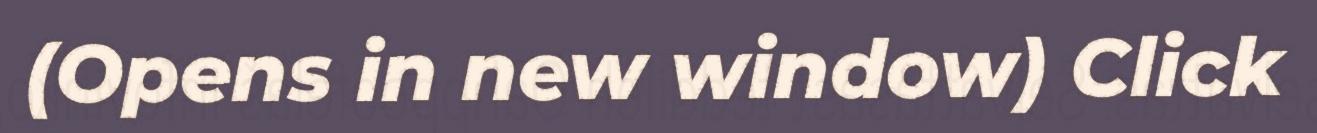
(Opens in new window) Click